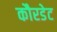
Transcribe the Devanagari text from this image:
कौरडेट